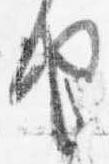
由